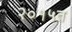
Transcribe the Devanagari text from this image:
२०१५त